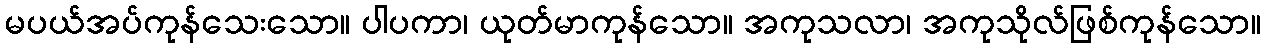
မပယ်အပ်ကုန်သေးသော။ ပါပကာ၊ ယုတ်မာကုန်သော။ အကုသလာ၊ အကုသိုလ်ဖြစ်ကုန်သော။